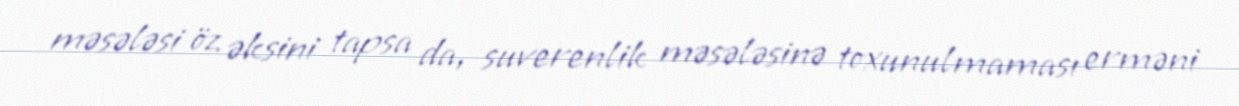
məsələsi öz əksini tapsa da, suverenlik məsələsinə toxunulmaması erməni